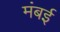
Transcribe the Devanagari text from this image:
मंबई